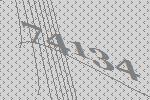
74134